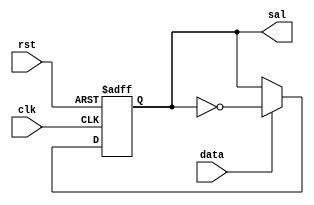
`timescale 1ns / 1ps
//////////////////////////////////////////////////////////////////////////////////

module FFT(
    input clk,
	 input data,
	 input rst,
    output reg sal
    );

   always @(posedge clk, posedge rst) begin
		if (rst)
			sal <= 1'b0;
		else if (data)
			sal <= !sal;
		else
			sal <= sal;
   end
	
endmodule